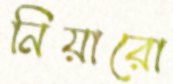
নিয়ারো